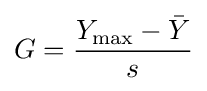
G={\frac {Y_{\max }-{\bar {Y}}}{s}}